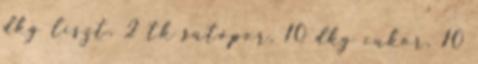
dkg liszt, 2 tk sütőpor, 10 dkg cukor, 10